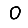
Digit: 0